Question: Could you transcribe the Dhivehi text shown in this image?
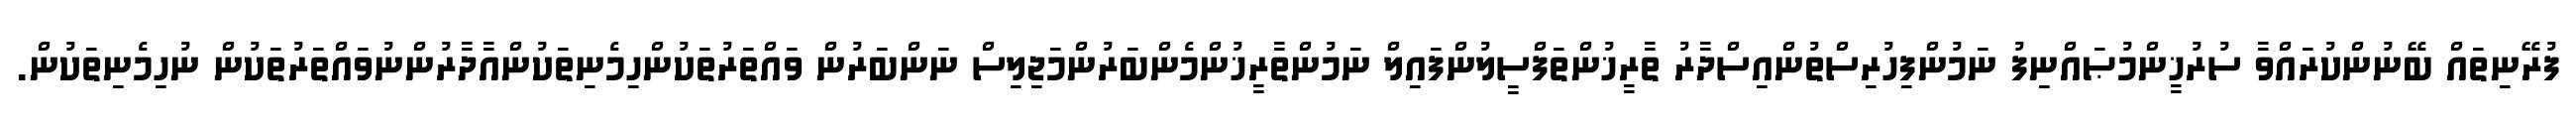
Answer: ފުރޭނިތައް ބޭނުންކުރައްވާ ސުރުޚީންމުޞައްނިފު ނަމުންފިހުރިސްތުންއިސްދާރު ތާރީޚުންތަފްސީލުންފައިލް ނަމުންތާރީޚުންމެންބަރުންމަޖިލިސް ނަންބަރުން ވައްތަރުތަކުންހިމެނިތަކުންއާދާރުންނުވައްތަރުތަކުން ނުހިމެނިތަކުން.